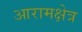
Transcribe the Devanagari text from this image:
आरामक्षेत्र